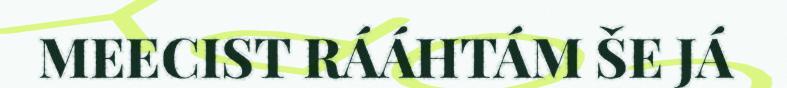
MEECIST RÁÁHTÁM ŠE JÁ